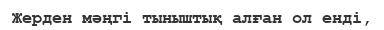
Жерден мәңгі тыныштық алған ол енді,